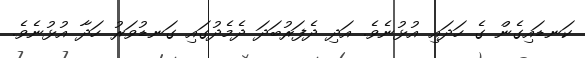
ކަނޑައިގެން ގެ ހަދައި އުޅުނެވެ. އަދި ދެފަރުބަދަ ދެމެދުގައި ގަނޑުވަރު ހަދާ އުޅުނެވެ.